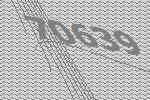
70639